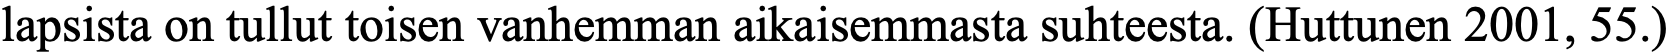
lapsista on tullut toisen vanhemman aikaisemmasta suhteesta. (Huttunen 2001, 55.)